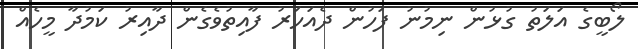
ލޯބީގެ އަލަތު ގުޅުން ނިމުނު ފަހުން ދެއަހަރު ފާއިތުވެގެން ދާއިރު ކަމުދާ މީހެއް